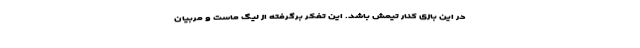
در این بازی کنار تیمش باشد. این تفکر برگرفته از لیگ ماست و مربیان